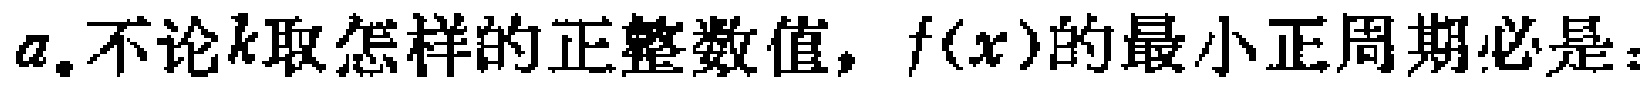
$a.不论k取怎样的正整数值，f(x)的最小正周期必是：$